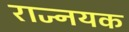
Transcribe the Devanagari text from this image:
राज्नयक